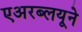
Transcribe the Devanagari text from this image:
एअरब्लयूने